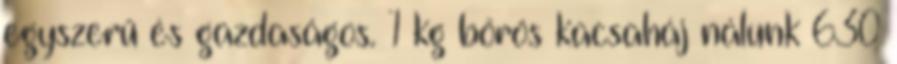
egyszerű és gazdaságos. 1 kg bőrös kacsaháj nálunk 630